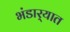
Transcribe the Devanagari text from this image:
भंडार्‍यात